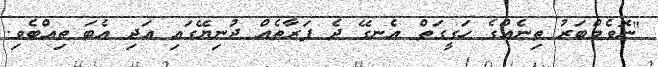
"ނޮވެމްބަރު ތިނެއްގެ ހަގީގަތް އެނގޭ ދެ ފަރާތެއް ދުނިޔޭގައި އަދި އެބަ ތިއްބެވި.